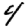
Digit: 4